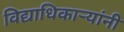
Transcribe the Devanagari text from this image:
विद्याधिकार्‍यांनी